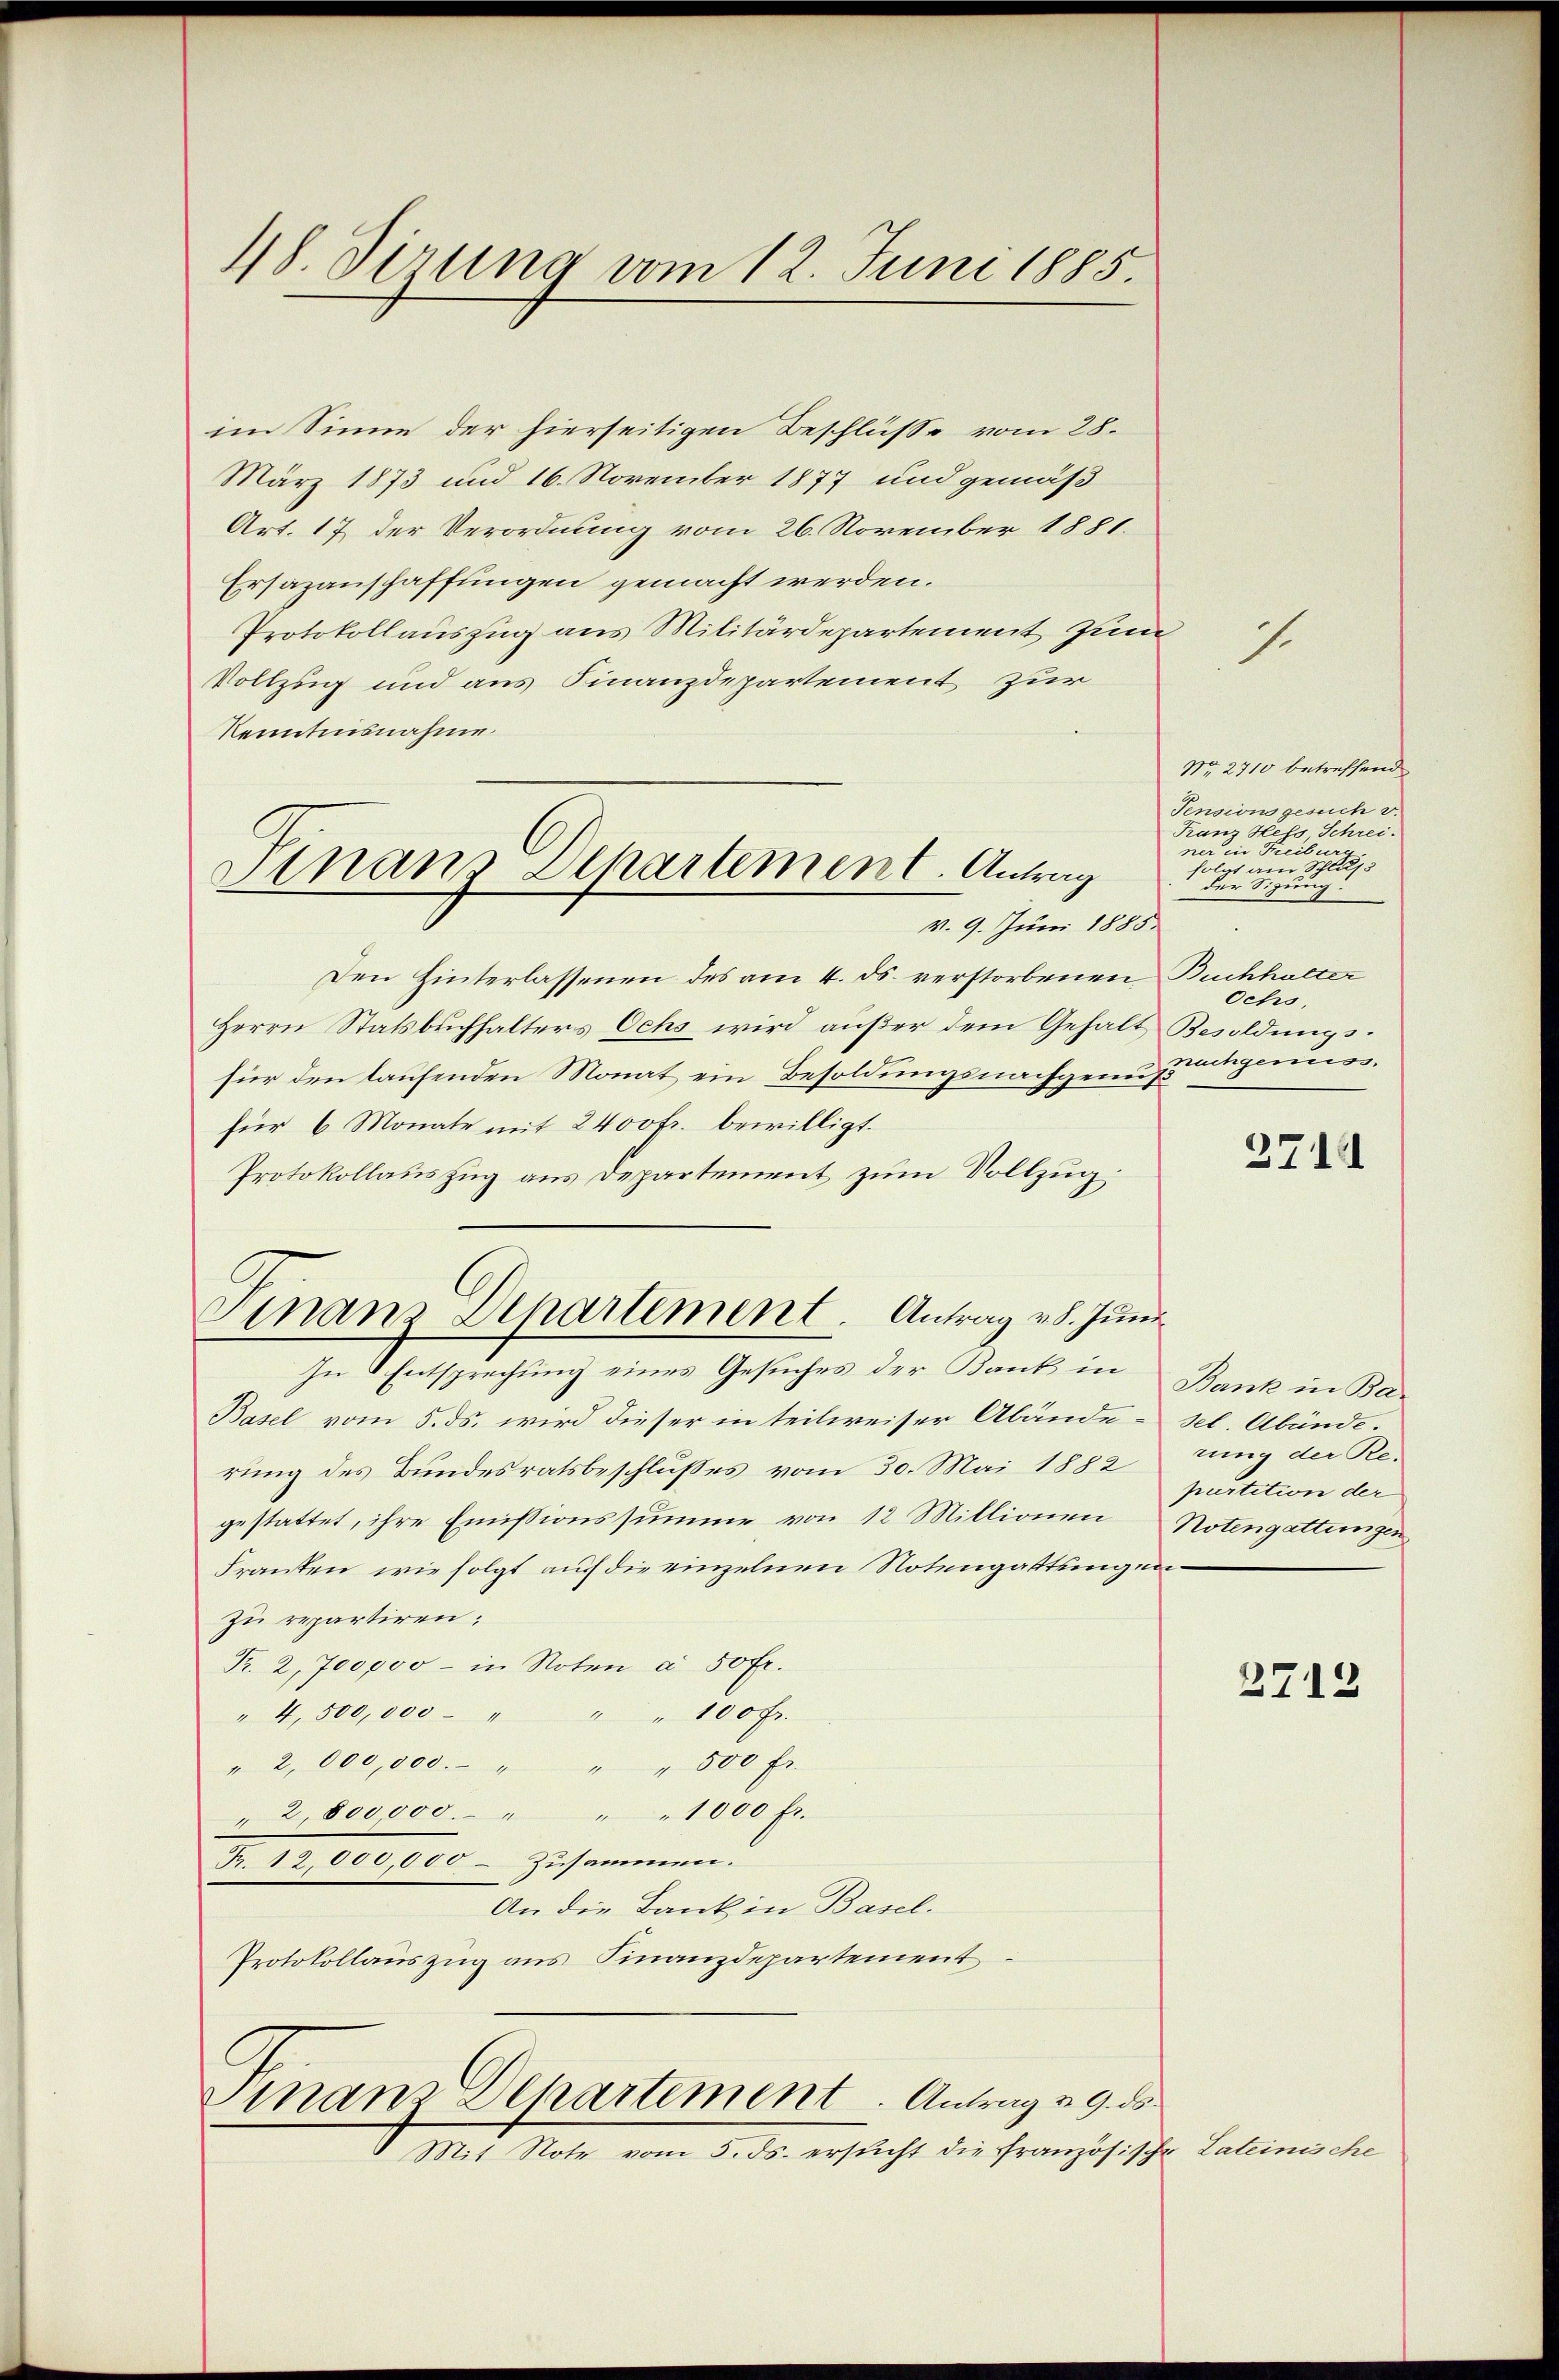
48. Dirung vom 12. Juni 1885.

im Sinne der hierseitigen Beschlüsse vom 28.
März 1873 und 16. November 1877 und gemäß
Art. 17 der Verordnung vom 26. November 1881.
Ersazanschaffungen gemacht werden.
Protokollauszug aus Militärdepartement zum
Vollzug und aus Finanzdepartement zur
kenntnisnahme.

Den Hinterlassenen des am 4. ds. verstorbenen Buchhalter
Herrn Statsbuchhalters Ochs wird außer dem Gehalt
für den laufenden Monat ein Besoldungsnachgemessungenicos.
für 6 Monate mit 2400 fr. bewilligt.
Protokollauszug aus Departement zum Vollzug.
In  Entsprechung eines Gesuches der Bank in
Basel vom 5. ds. wird dieser in teilweiser Abände sel. Abände.
rung des Bundesratsbeschlußes vom 30. Mai 1882
gestattet, ihre Emissionssumme von 12 Millionen
Franken, wie folgt auch die einzelnen Notengattung un
zu repartiren;
Pr. 2,700,000 - in Noten à 50 fr.
" 4,500,000 " " " 100 fr.
" 2,000,000. " " " 500 fr.
" 2,800,000. " " " 1000 fl.
Fr. 12,000,000 zusammen.
An die Bank in Basel.
Protokollauszug aus Finanzdepartement

Dinanz Departement. Antrag
v. 9. Juni 1885.

Finanz Departement. Antrag v. 8. Juni

Finanz Departement. Antrag u. 9. ds
Mit Note vom 5. ds. ersucht die französische

1

Nr. 2710 betreffend
Pensionsgesuch v.
F. Heto Schreiuung eine eine
folgt am Schluß
der Sitzung.
Ochs,
Besoldungs-

2711

Bank in Ba-
rung der Re-
purtition der
Notengattungen

2712

"Lateinische